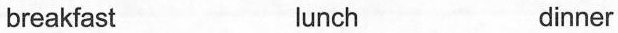
breakfast lunch dinner